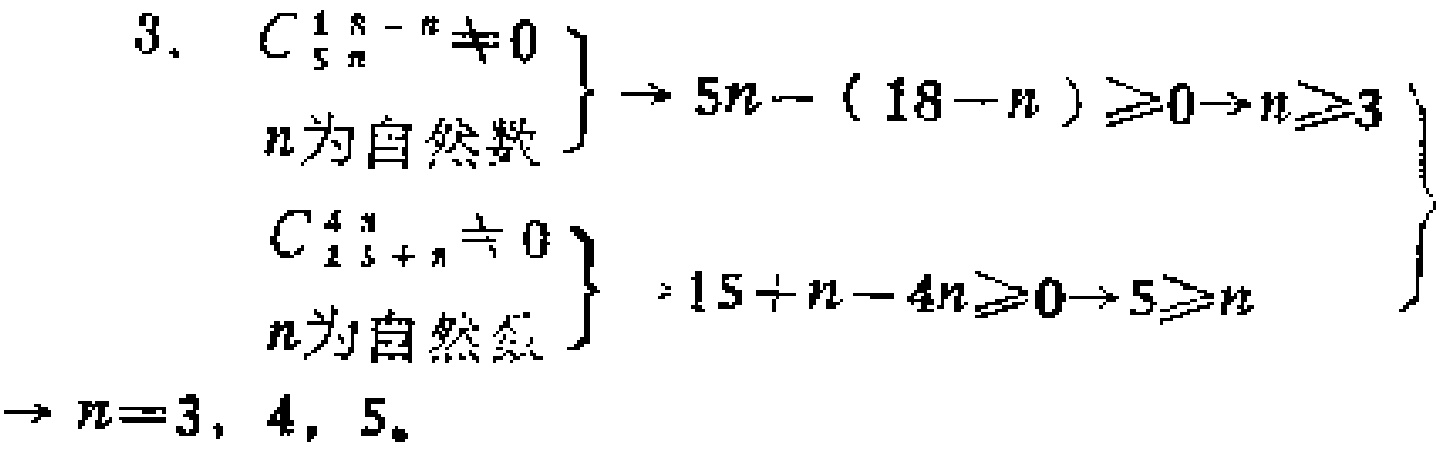
\[
\begin{align*}
\left.\begin{array}{l}
C_{5n}^{18 - n}\neq0\\
n\text{ 为自然数}
\end{array}\right\}&\to 5n-(18 - n)\geqslant0\to n\geqslant3\\
\left.\begin{array}{l}
C_{15 + n}^{4n}\neq0\\
n\text{ 为自然数}
\end{array}\right\}&\to 15 + n-4n\geqslant0\to 5\geqslant n\\
&\to n = 3,4,5.
\end{align*}
\]